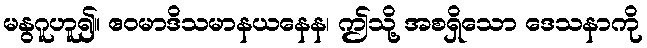
မနွဂူဟူ၍။ ဧဝမာဒိသမာနယနေန၊ ဤသို့ အစရှိသော ဒေသနာကို